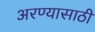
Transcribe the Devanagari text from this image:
अरण्यासाठी